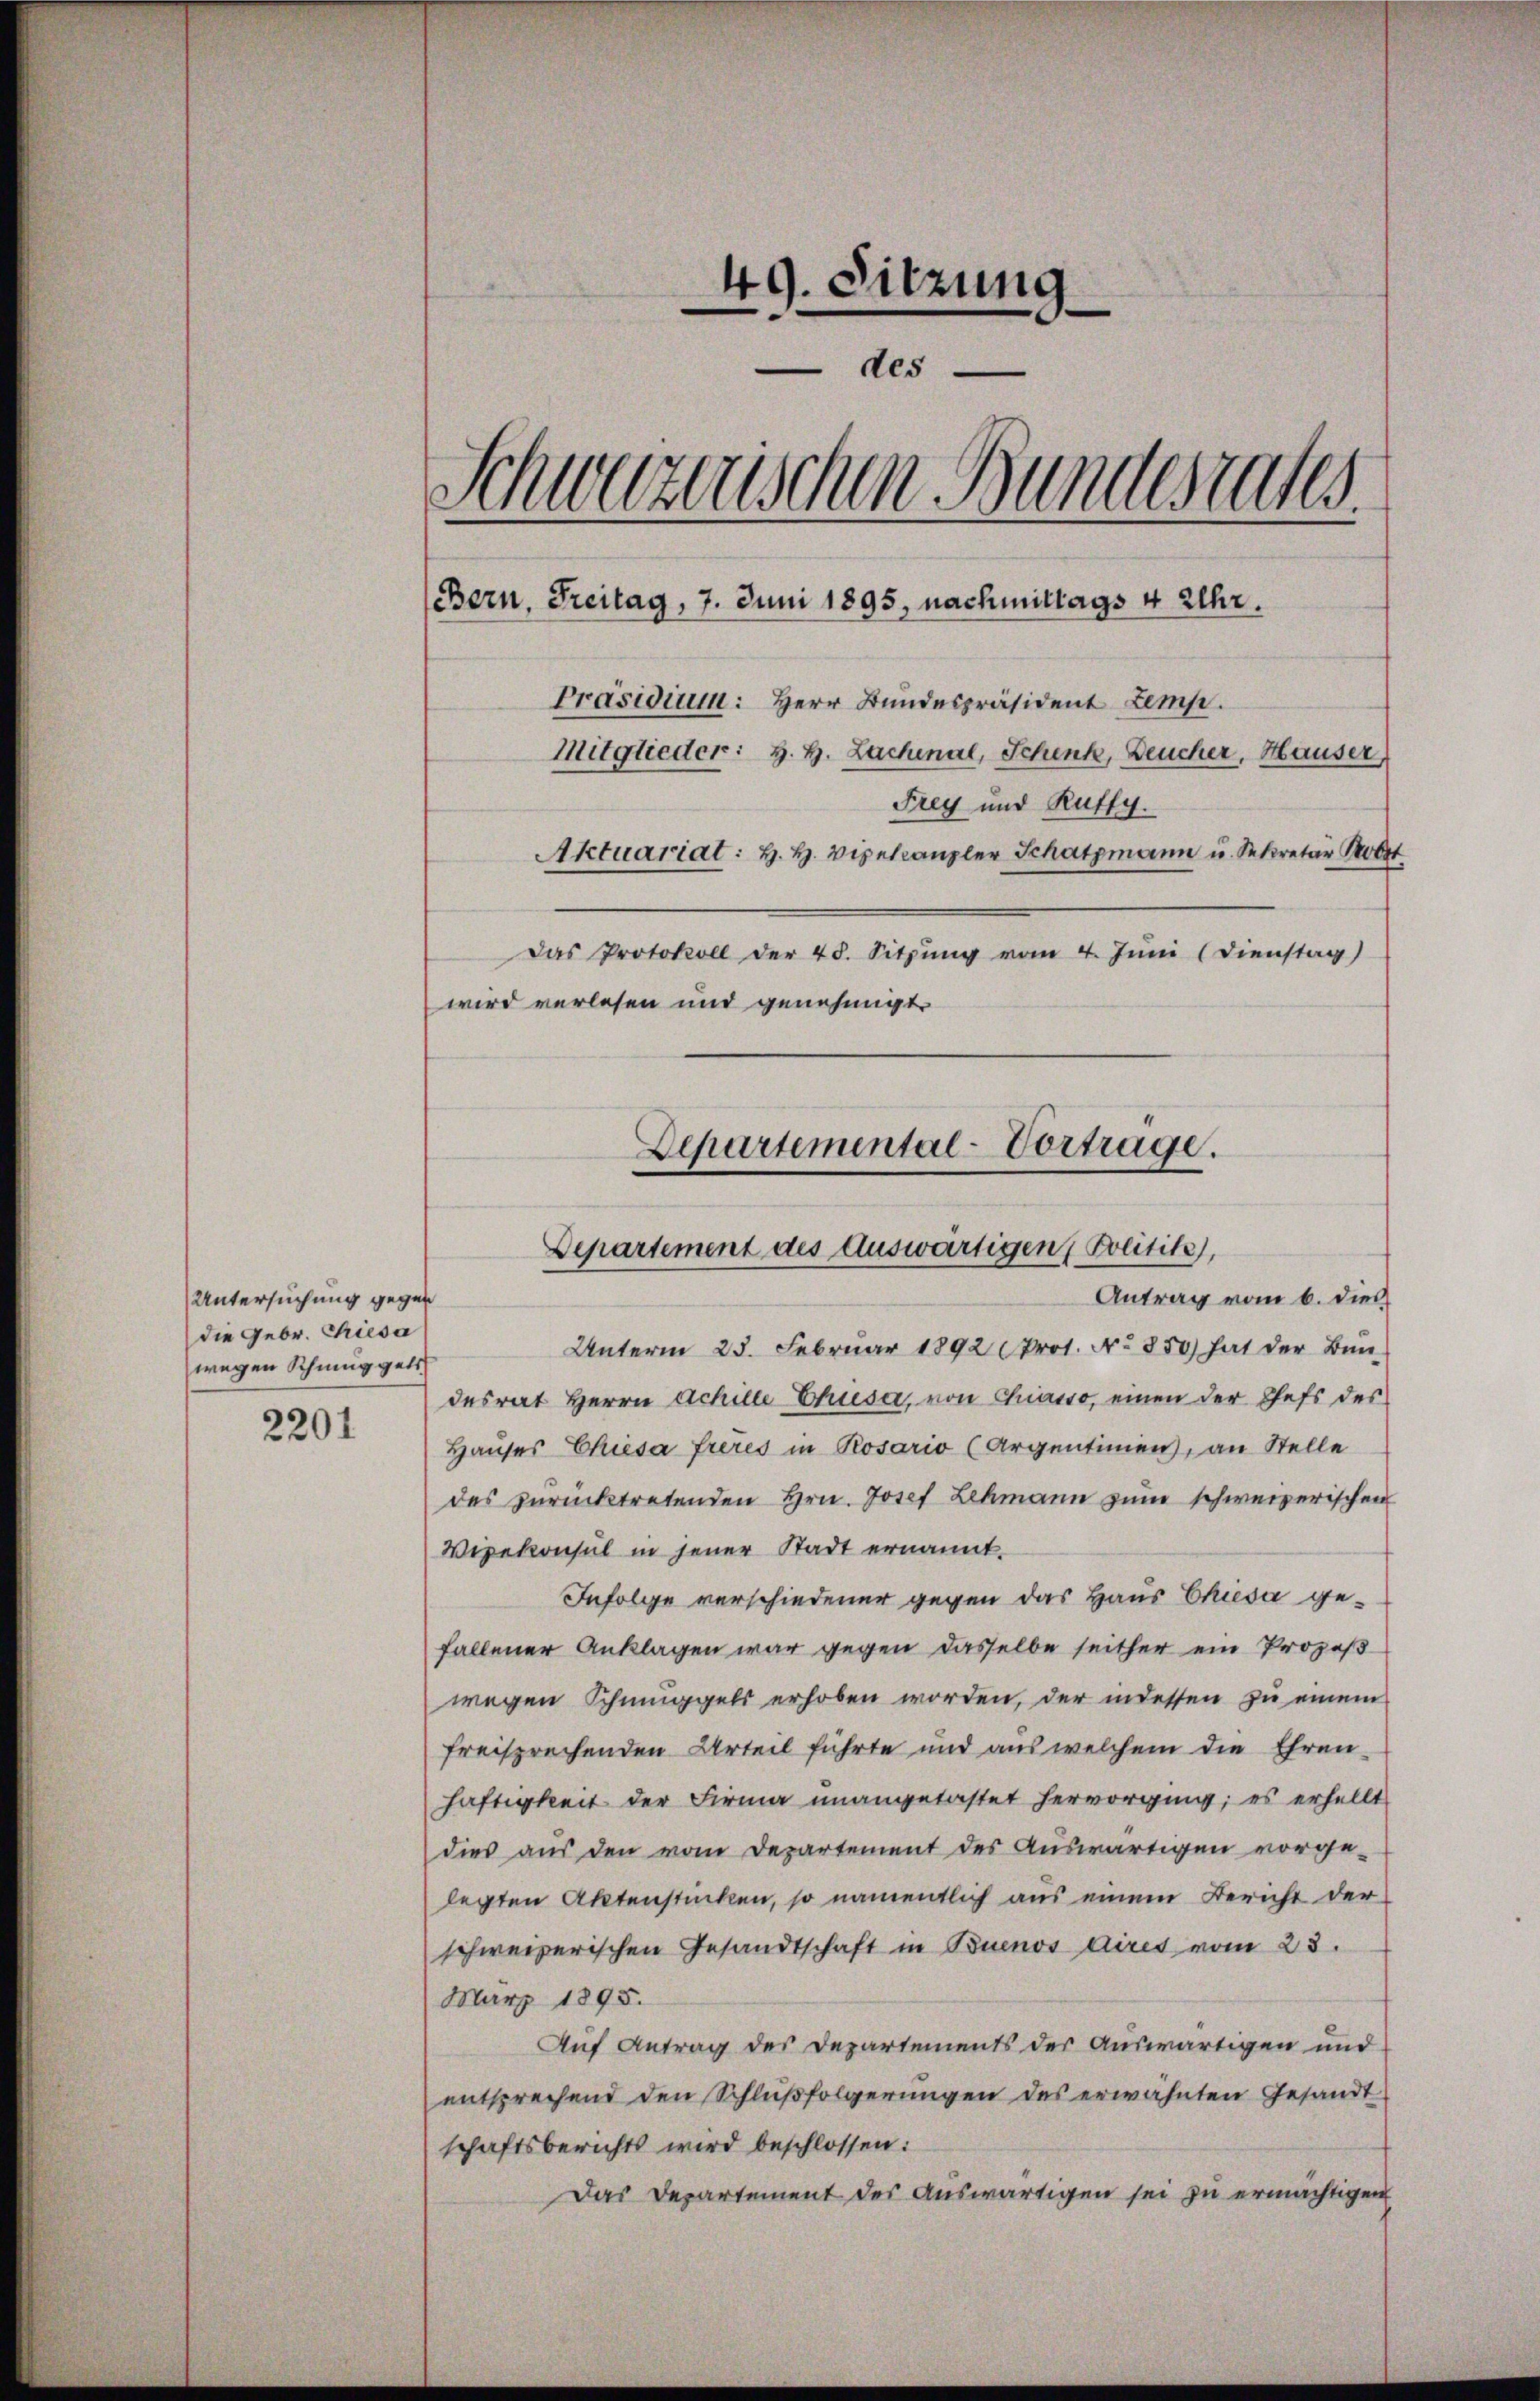
Untersuchung gegen
die Gebr. Triesa
wegen Schmuggels

2201

49. Sitzung
des
Schweizerischen Bundesrates
Bern, Freitag, 7. Juni 1895, nachmittags 4 Uhr.
Präsidium: Herr Bundespräsident temp
Mitglieder: H. H. Lachenal, Schenk, Deucher, Hauser
Frey und Ruffy.
Aktuariat: H. H. Vipelcanzler Schatzmann u. Sekretär b
Das Protokoll der 48. Sitzung vom 4. Juni (Dienstag)
wird verlesen und genehmigt.

Departemental-Vortrage.
Departement des Auswärtigen Politite),
Antrag vom 6. dies

Unterm 25. Februar 1892 (Prot. No 850 hat der Bundesrat Herrn Achille-Chieser, von Chiasso, einen der Chefs des
Hauses Chiesa freres in Rosario (Argentinien, an Stelle
des zŭrücktretenden Hrn. Josef Lehmann zum schweizerischen
Vizekonsul in jener Stadt ernannt.
Infolge verschiedener gegen das Haus Chiesa gefallener Anklagen war gegen dasselbe seither ein Prozeß
wegen Schmuggels erhoben worden, der indessen zu einem
freisprechenden Urteil führte und aus welchem die Ehren
haftigkeit der Firma unangetastet hervorging; es erhellt
dies aus den vom Departement des Auswärtigen vorge-
legten Aktenstücken, so namentlich aus einem Bericht der
schweizerischen Gesandtschaft in Buenos diret vom 23.
März 1895.
Auf Antrag des Departements der Auswärtigen und
entsprechend den Schlußfolgerungen des erwähnten Gesandt
schaftsberichts wird beschlossen:
Das Departement des auswärtigen sei zu ermächtigen